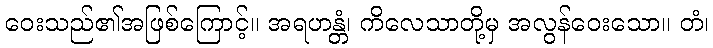
ဝေးသည်၏အဖြစ်ကြောင့်။ အရဟန္တံ၊ ကိလေသာတို့မှ အလွန်ဝေးသော။ တံ၊